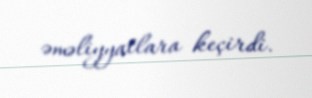
əməliyyatlara keçirdi.